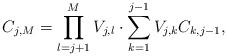
LaTeX: \begin{align*}C_{j,M} =\prod_{l=j+1}^{M}V_{j,l}\cdot\sum_{k=1}^{j-1}V_{j,k}C_{k,j-1},\end{align*}